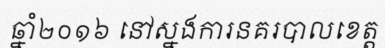
ឆ្នាំ២០១៦ នៅស្នងការនគរបាលខេត្ត